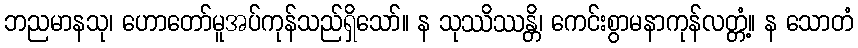
ဘညမာနသု၊ ဟောတော်မူအပ်ကုန်သည်ရှိသော်။ န သုဿိဿန္တိ၊ ကေင်းစွာမနာကုန်လတ္တံ့။ န သောတံ